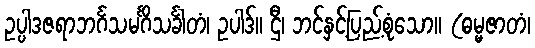
ဥပ္ပါဒဇရာဘင်္ဂသမင်္ဂိသင်္ခါတံ၊ ဥပါဒ်။ ဌီ၊ ဘင်နှင့်ပြည့်စုံသော။ (ဓမ္မဇာတံ၊